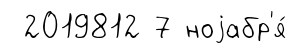
2019812 7 ноjабр'я́